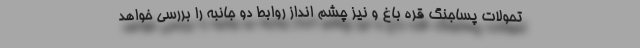
تحولات پساجنگ قره باغ و نیز چشم انداز روابط دو جانبه را بررسی خواهد